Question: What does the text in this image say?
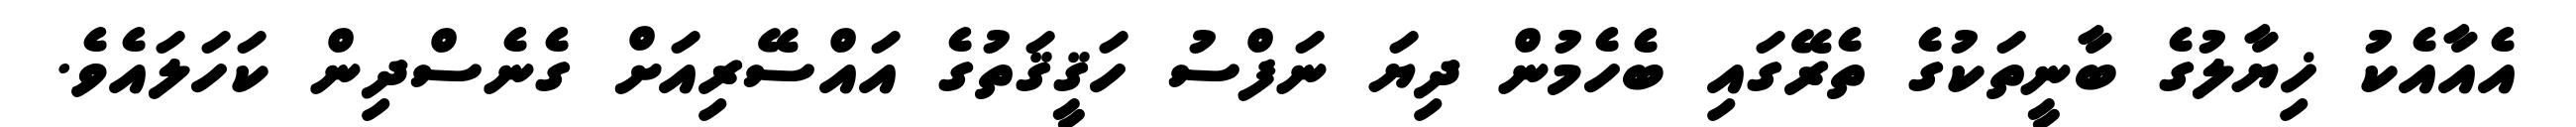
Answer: އެއާއެކު ޚިޔާލުގެ ބާނީތަކުގެ ތެރޭގައި ބެހެމުން ދިޔަ ނަފްސު ހަޤީޤަތުގެ އައްސޭރިއަށް ގެނެސްދިން ކަހަލައެވެ.